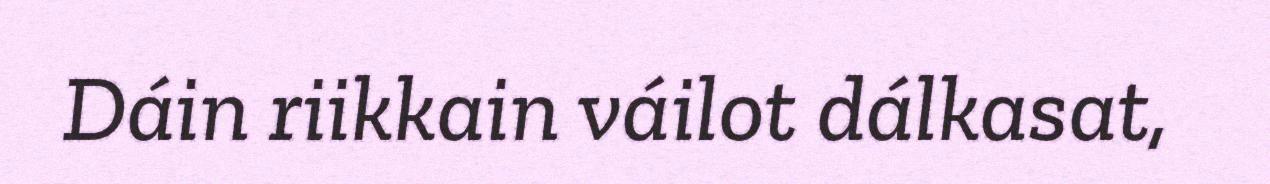
Dáin riikkain váilot dálkasat,